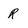
Character: R